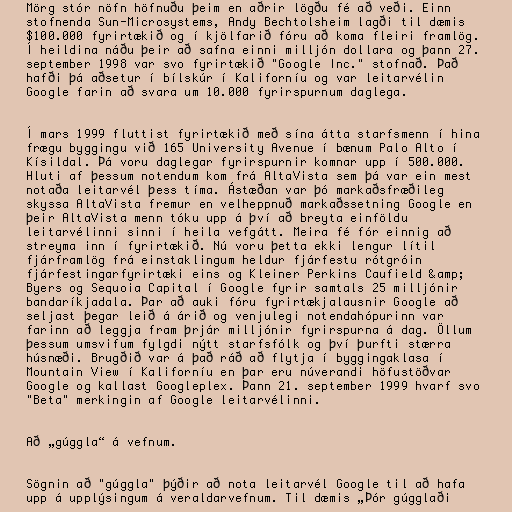
Mörg stór nöfn höfnuðu þeim en aðrir lögðu fé að veði. Einn
stofnenda Sun-Microsystems, Andy Bechtolsheim lagði til dæmis
$100.000 fyrirtækið og í kjölfarið fóru að koma fleiri framlög.
Í heildina náðu þeir að safna einni milljón dollara og þann 27.
september 1998 var svo fyrirtækið "Google Inc." stofnað. Það
hafði þá aðsetur í bílskúr í Kaliforníu og var leitarvélin
Google farin að svara um 10.000 fyrirspurnum daglega.

Í mars 1999 fluttist fyrirtækið með sína átta starfsmenn í hina
frægu byggingu við 165 University Avenue í bænum Palo Alto í
Kísildal. Þá voru daglegar fyrirspurnir komnar upp í 500.000.
Hluti af þessum notendum kom frá AltaVista sem þá var ein mest
notaða leitarvél þess tíma. Ástæðan var þó markaðsfræðileg
skyssa AltaVista fremur en velheppnuð markaðssetning Google en
þeir AltaVista menn tóku upp á því að breyta einföldu
leitarvélinni sinni í heila vefgátt. Meira fé fór einnig að
streyma inn í fyrirtækið. Nú voru þetta ekki lengur lítil
fjárframlög frá einstaklingum heldur fjárfestu rótgróin
fjárfestingarfyrirtæki eins og Kleiner Perkins Caufield &amp;
Byers og Sequoia Capital í Google fyrir samtals 25 milljónir
bandaríkjadala. Þar að auki fóru fyrirtækjalausnir Google að
seljast þegar leið á árið og venjulegi notendahópurinn var
farinn að leggja fram þrjár milljónir fyrirspurna á dag. Öllum
þessum umsvifum fylgdi nýtt starfsfólk og því þurfti stærra
húsnæði. Brugðið var á það ráð að flytja í byggingaklasa í
Mountain View í Kaliforníu en þar eru núverandi höfustöðvar
Google og kallast Googleplex. Þann 21. september 1999 hvarf svo
"Beta" merkingin af Google leitarvélinni.

Að „gúggla“ á vefnum.

Sögnin að "gúggla" þýðir að nota leitarvél Google til að hafa
upp á upplýsingum á veraldarvefnum. Til dæmis „Þór gúgglaði